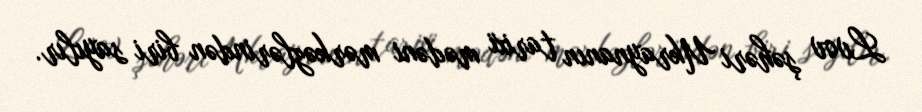
Lvov şəhəri Ukraynanın tarixi mədəni mərkəzlərindən biri sayılır.